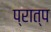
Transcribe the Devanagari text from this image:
प्रात्प